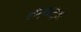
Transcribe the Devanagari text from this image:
लंग्कासुका